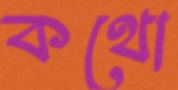
কথো